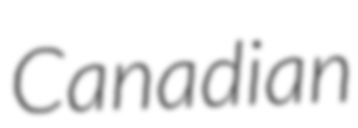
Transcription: Canadian